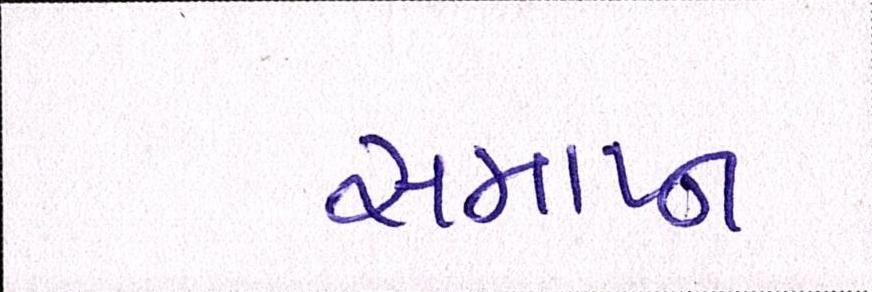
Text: સમાપ્ન